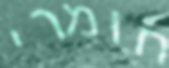
חומרי